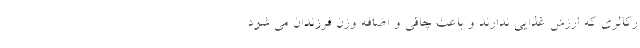
رکالری که ارزش غذایی ندارند و باعث چاقی و اضافه وزن فرزندان می شود